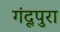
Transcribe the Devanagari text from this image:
गंदूपुरा